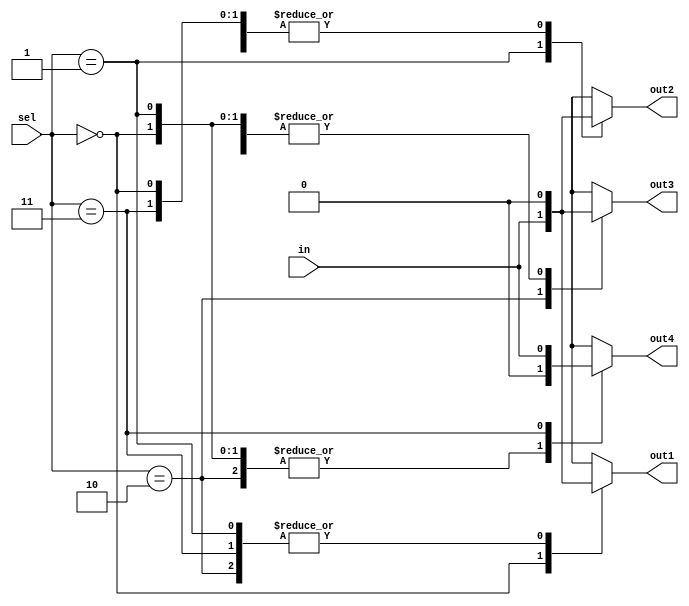
module demux1_4(
    input in,
    input [1:0] sel,
    output out1,
    output out2,
    output out3,
    output out4
    );

	reg o1, o2, o3, o4;

	always@(*) begin
		o1 = 0;
		o2 = 0;
		o3 = 0;
		o4 = 0;
		
		case(sel)
			0: o1 = in;
			1: o2 = in;
			2: o3 = in;
			3: o4 = in;
			default: begin
				o1 = 0; o2 = 0; o3 = 0; o4 = 0;
			end
		endcase	
	end


	assign out1 = o1;
	assign out2 = o2;
	assign out3 = o3;
	assign out4 = o4;

endmodule